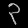
Digit: ၃